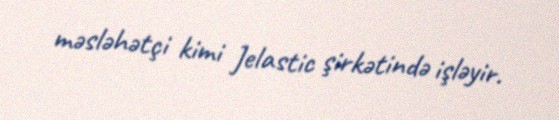
məsləhətçi kimi Jelastic şirkətində işləyir.